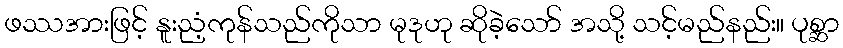
ဖဿအားဖြင့် နူးညံ့ကုန်သည်ကိုသာ မုဒုဟု ဆိုခဲ့သော် အသို့ သင့်မည်နည်း။ ပုစ္ဆာ